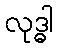
လုဒ္ဓါ